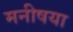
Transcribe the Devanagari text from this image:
मनीषया